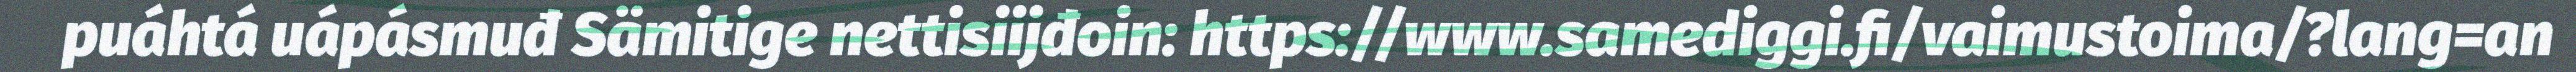
puáhtá uápásmuđ Sämitige nettisiijđoin: https://www.samediggi.fi/vaimustoima/?lang=an